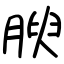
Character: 腴